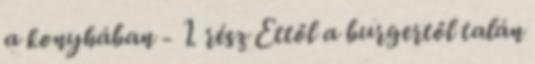
a konyhában - 1. rész Ettől a burgertől talán